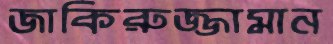
জাকিরুজ্জামান